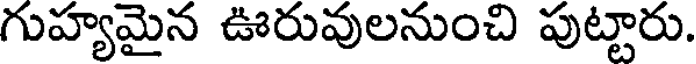
గుహ్యమైన ఊరువులనుంచి పుట్టారు.